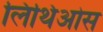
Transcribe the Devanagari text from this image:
लिथिओस